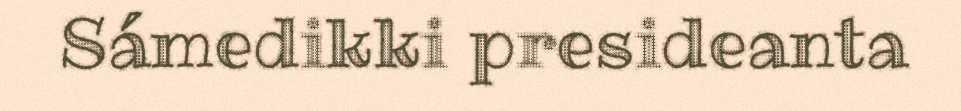
Sámedikki presideanta